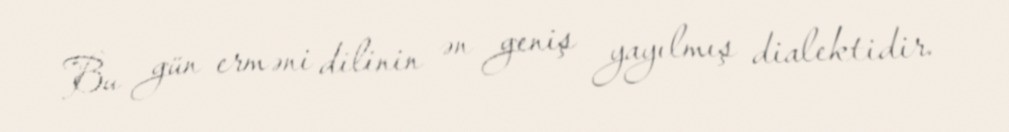
Bu gün erməni dilinin ən geniş yayılmış dialektidir.